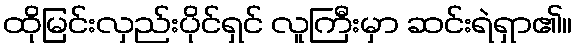
ထိုမြင်းလှည်းပိုင်ရှင် လူကြီးမှာ ဆင်းရဲရှာ၏။